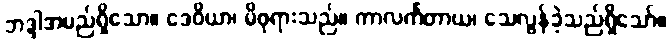
ဘဒ္ဒါအမည်ရှိသော။ ဒေဝိယာ၊ မိဖုရားသည်။ ကာလင်္ကတာယ၊ သေလွန်ခဲ့သည်ရှိသော်။